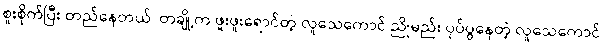
စူးစိုက်ပြီး တည်နေတယ်၊ တချို့က ဖူးဖူးရောင်တဲ့ လူသေကောင် ညိုမည်း ပုပ်ပွနေတဲ့ လူသေကောင်